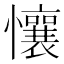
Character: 懹